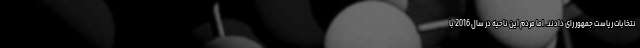
نتخابات ریاست جمهور رای دادند. اما مردم این ناحیه در سال 2016 با